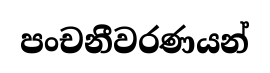
පංචනීවරණයන්